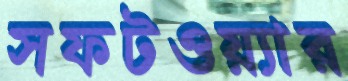
সফটওয়্যার